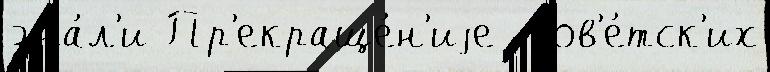
зна́л'и Пр'екраще́н'иjе  сов'е́тск'их